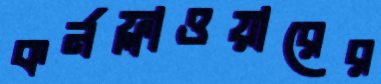
কর্নফ্লাওয়ারের